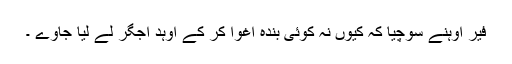
فیر اوہنے سوچیا کہ کیوں نہ کوئی بندہ اغوا کر کے اوہد اجگر لے لیا جاوے ۔